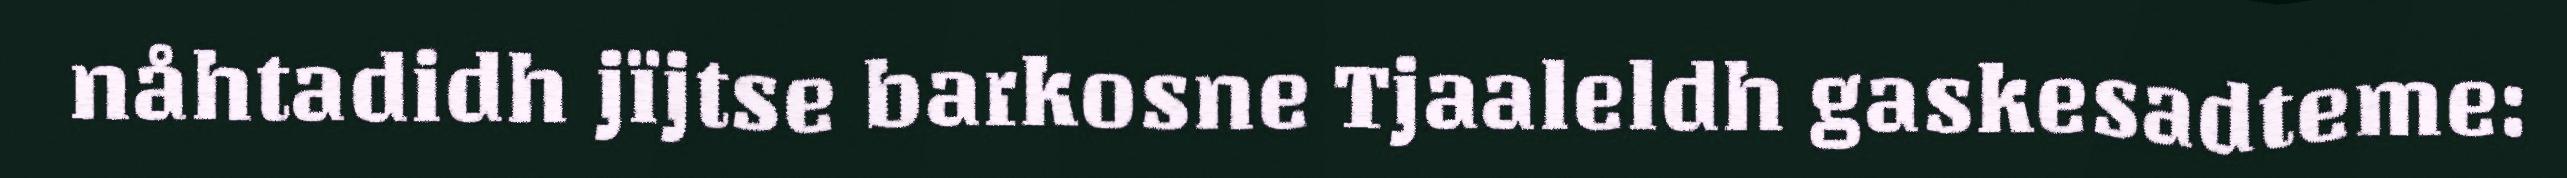
nåhtadidh jïjtse barkosne Tjaaleldh gaskesadteme: